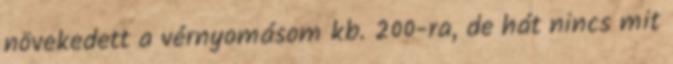
növekedett a vérnyomásom kb. 200-ra, de hát nincs mit